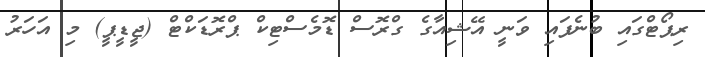
ރިޕޯޓްގައި ބުނެފައި ވަނީ އޭޝިއާގެ ގްރޮސް ޑޮމެސްޓިކް ޕްރޮޑަކްޓް (ޖީޑީޕީ) މި އަހަރު